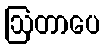
ဩတာပေ